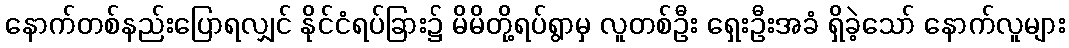
နောက်တစ်နည်းပြောရလျှင် နိုင်ငံရပ်ခြား၌ မိမိတို့ရပ်ရွာမှ လူတစ်ဦး ရှေးဦးအခံ ရှိခဲ့သော် နောက်လူများ